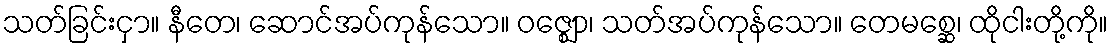
သတ်ခြင်းငှာ။ နီတေ၊ ဆောင်အပ်ကုန်သော။ ဝဇ္ဈော၊ သတ်အပ်ကုန်သော။ တေမစ္ဆေ၊ ထိုငါးတို့ကို။